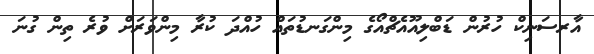
އާރސަނިކް ހުރުން ޑަބްލިއޫއެޗްއޯގެ މިންގަނޑުތައް ހުއްދަ ކުރާ މިންވަރަށް ވުރެ ތިން ގުނަ